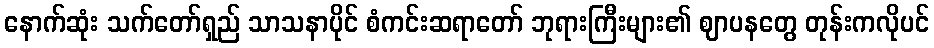
နောက်ဆုံး သက်တော်ရှည် သာသနာပိုင် စံကင်းဆရာတော် ဘုရားကြီးများ၏ ဈာပနတွေ တုန်းကလိုပင်